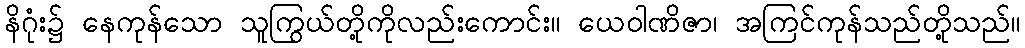
နိဂုံး၌ နေကုန်သော သူကြွယ်တို့ကိုလည်းကောင်း။ ယေဝါဏိဇာ၊ အကြင်ကုန်သည်တို့သည်။